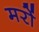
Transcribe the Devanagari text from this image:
मरों